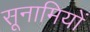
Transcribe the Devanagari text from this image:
सूनामियों